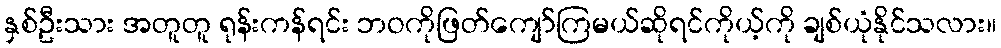
နှစ်ဦးသား အတူတူ ရုန်းကန်ရင်း ဘဝကိုဖြတ်ကျော်ကြမယ်ဆိုရင်ကိုယ့်ကို ချစ်ယုံနိုင်သလား။